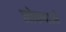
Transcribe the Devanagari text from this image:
लोकथाओं